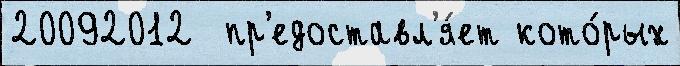
20092012  пр'едоставл'я́ет кото́рых